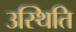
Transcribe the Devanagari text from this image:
उस्थिति